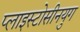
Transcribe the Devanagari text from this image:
प्लाइस्टोसीनयुग